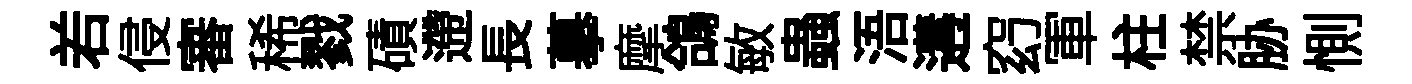
𠰥侵審稀戮磧遰長摹摩鴿敏蟲浯遘𥥆軍柱禁胁惻